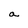
Character: a